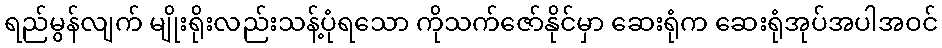
ရည်မွန်လျက် မျိုးရိုးလည်းသန့်ပုံရသော ကိုသက်ဇော်နိုင်မှာ ဆေးရုံက ဆေးရုံအုပ်အပါအဝင်